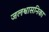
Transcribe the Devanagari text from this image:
जलश्वासनिका